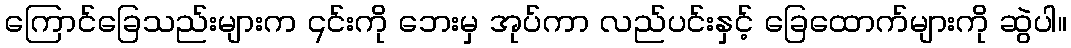
ကြောင်ခြေသည်းများက ၎င်းကို ဘေးမှ အုပ်ကာ လည်ပင်းနှင့် ခြေထောက်များကို ဆွဲပါ။